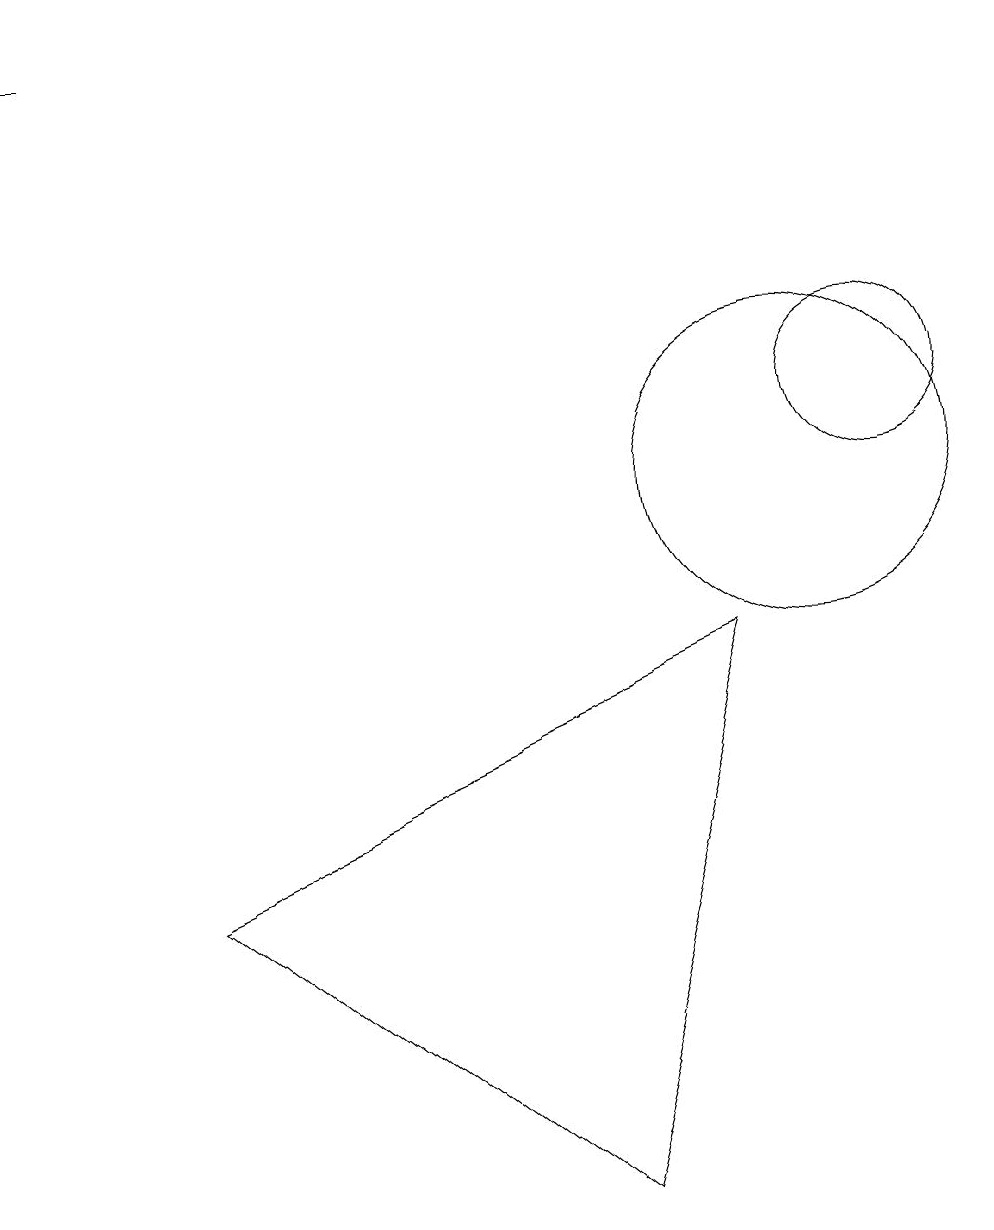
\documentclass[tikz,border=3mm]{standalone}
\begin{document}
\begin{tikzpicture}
\draw (11,11) circle (1);
\draw (0,16) rectangle (1,16);
\draw (10,10) circle (2);
\draw (9,8) -- (7,1) -- (2,5) -- cycle;
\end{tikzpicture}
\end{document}